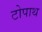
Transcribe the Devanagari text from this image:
टोपाथ